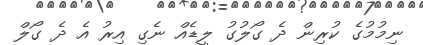
ނިމުމުގެ ކުރިން ދެ ގޯލުގު ލީޑެއް ނެގި އިރު އެ ދެ ގޯލް